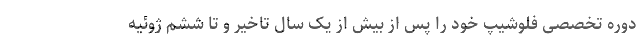
دوره تخصصی فلوشیپ خود را پس از بیش از یک سال تاخیر و تا ششم ژوئیه